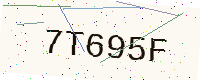
Text: 7T695F